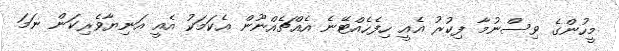
މީހުންގެ ވިސްނުމާ ފިކުރު އެއީ ހިފެހެއްޓޭނެ އެއްޗެއްނޫން އެކަމަކު އެއީ އަނިޔާވެރިކަން ނަމަ